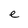
Character: e